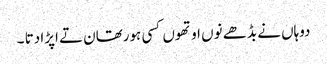
دوہاں نے بڈھے نوں اوتھوں کسی ہورتھان تے اپڑا دتا ۔